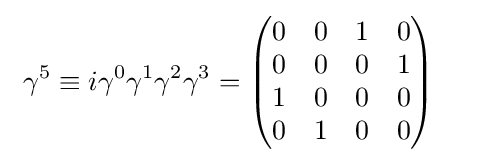
\ \gamma ^{5}\equiv i\gamma ^{0}\gamma ^{1}\gamma ^{2}\gamma ^{3}={\begin{pmatrix}0&0&1&0\\0&0&0&1\\1&0&0&0\\0&1&0&0\end{pmatrix}}\qquad